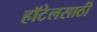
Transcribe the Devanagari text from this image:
हॉटेलसाठी